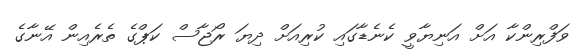
ވަފްރިންކާ އަށް އަނިޔާވީ ކެނެޑާގައި ކުރިއަށް ދިޔަ ރޯޖާސް ކަޕްގެ ތެރެއިން އޭނާގެ